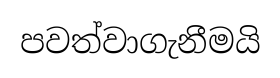
පවත්වාගැනීමයි